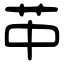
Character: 𦬕